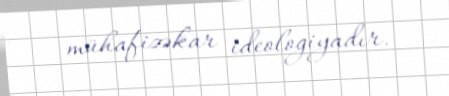
mühafizəkar ideologiyadır.